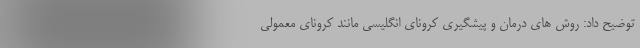
توضیح داد: روش های درمان و پیشگیری کرونای انگلیسی مانند کرونای معمولی